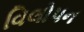
વિલોપન